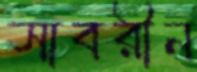
সাবরীন